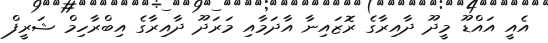
އެއީ އައްޑޫ މީދޫ ދާއިރާގެ ރޮޒައިނާ އާދަމާއި މަރަދޫ ދާއިރާގެ އިބްރާހިމް ޝަރީފް